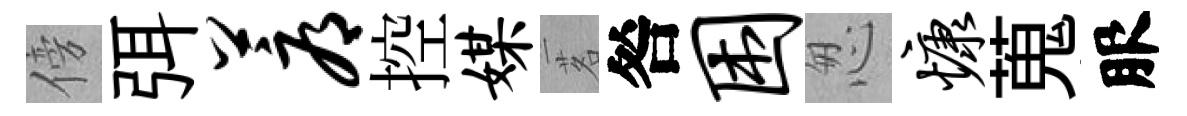
傍弭蓐控媒茗咎困怱慷蒐服